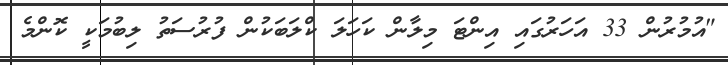
"އުމުރުން 33 އަހަރުގައި އިންޓަ މިލާން ކަހަލަ ކްލަބަކުން ފުރުސަތު ލިބުމަކީ ކޮންމެ